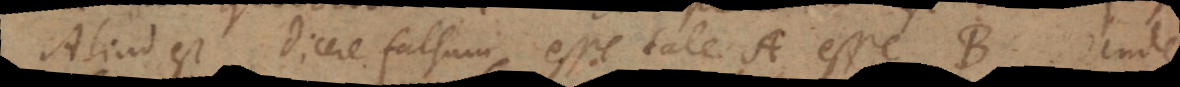
Aliud est dicere falsum esse tale A esse B. Unde